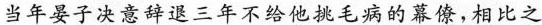
当年晏子决意辞退三年不给他挑毛病的僚，相比之